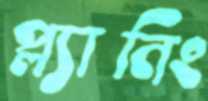
প্ল্যানিং